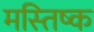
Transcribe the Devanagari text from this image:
मस्‍तिष्‍क